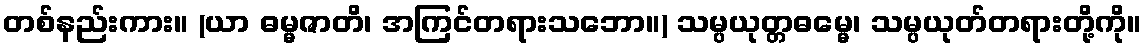
တစ်နည်းကား။ (ယာ ဓမ္မဇာတိ၊ အကြင်တရားသဘော။) သမ္ပယုတ္တဓမ္မေ၊ သမ္ပယုတ်တရားတို့ကို။